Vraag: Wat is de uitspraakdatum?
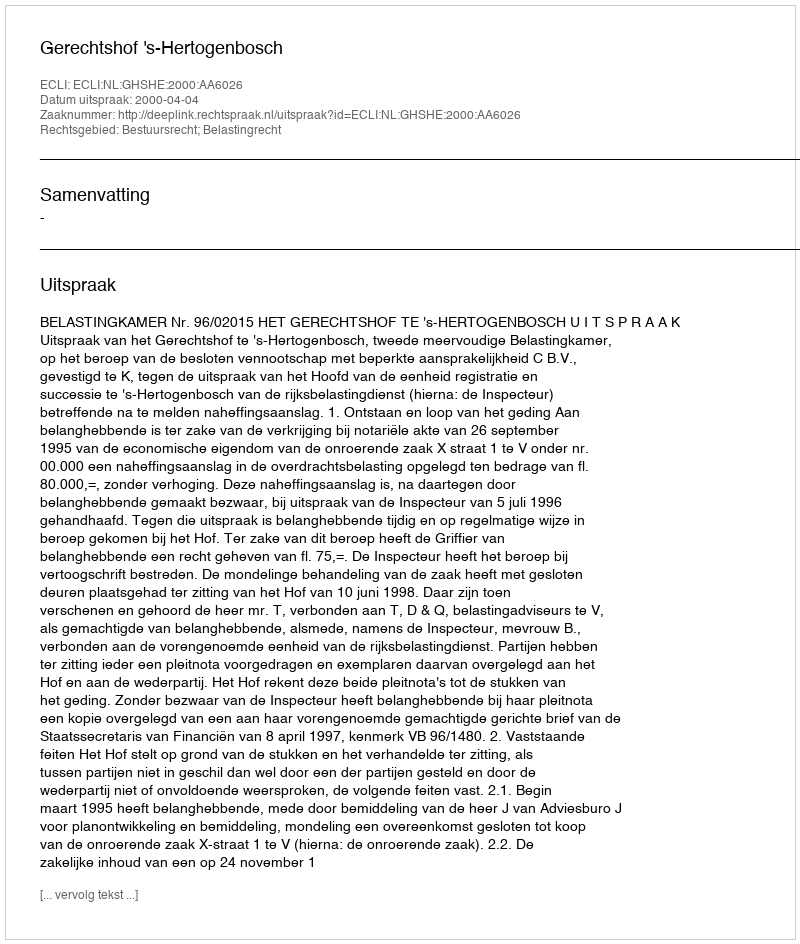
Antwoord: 2000-04-04